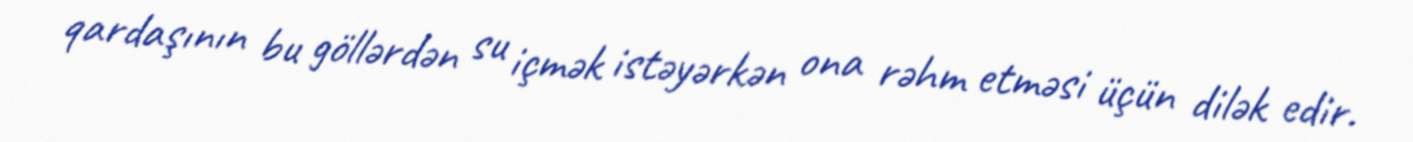
qardaşının bu göllərdən su içmək istəyərkən ona rəhm etməsi üçün dilək edir.